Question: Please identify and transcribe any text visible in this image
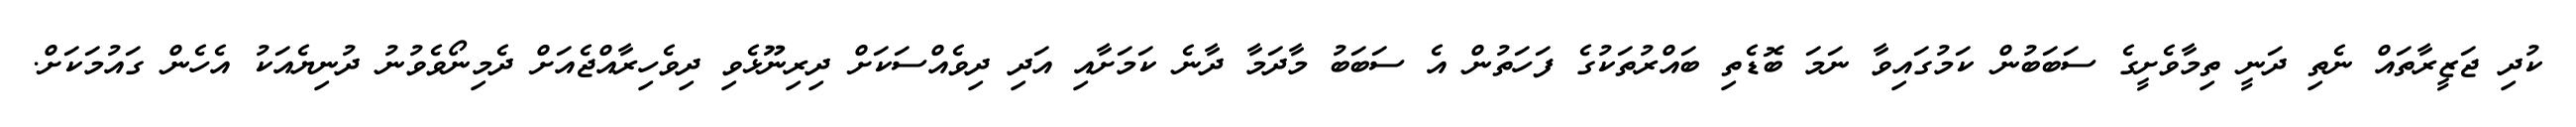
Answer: ކުދި ޖަޒީރާތައް ނެތި ދަނީ ތިމާވެށީގެ ސަބަބުން ކަމުގައިވާ ނަމަ ބޮޑެތި ބައްރުތަކުގެ ފަހަތުން އެ ސަބަބު މާދަމާ ދާނެ ކަމަށާއި އަދި ދިވެއްސަކަށް ދިރިނޫޅެވި ދިވެހިރާއްޖެއަށް ދެމިނޯވެވުނު ދުނިޔެއަކު އެހެން ގައުމަކަށް.